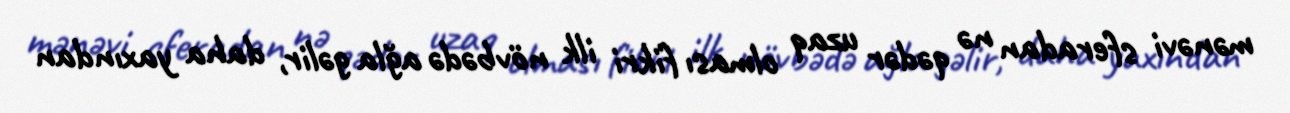
mənəvi sferadan nə qədər uzaq olması fikri ilk növbədə ağla gəlir, daha yaxından